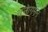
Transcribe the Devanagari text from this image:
वनागमन